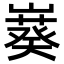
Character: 𫶙